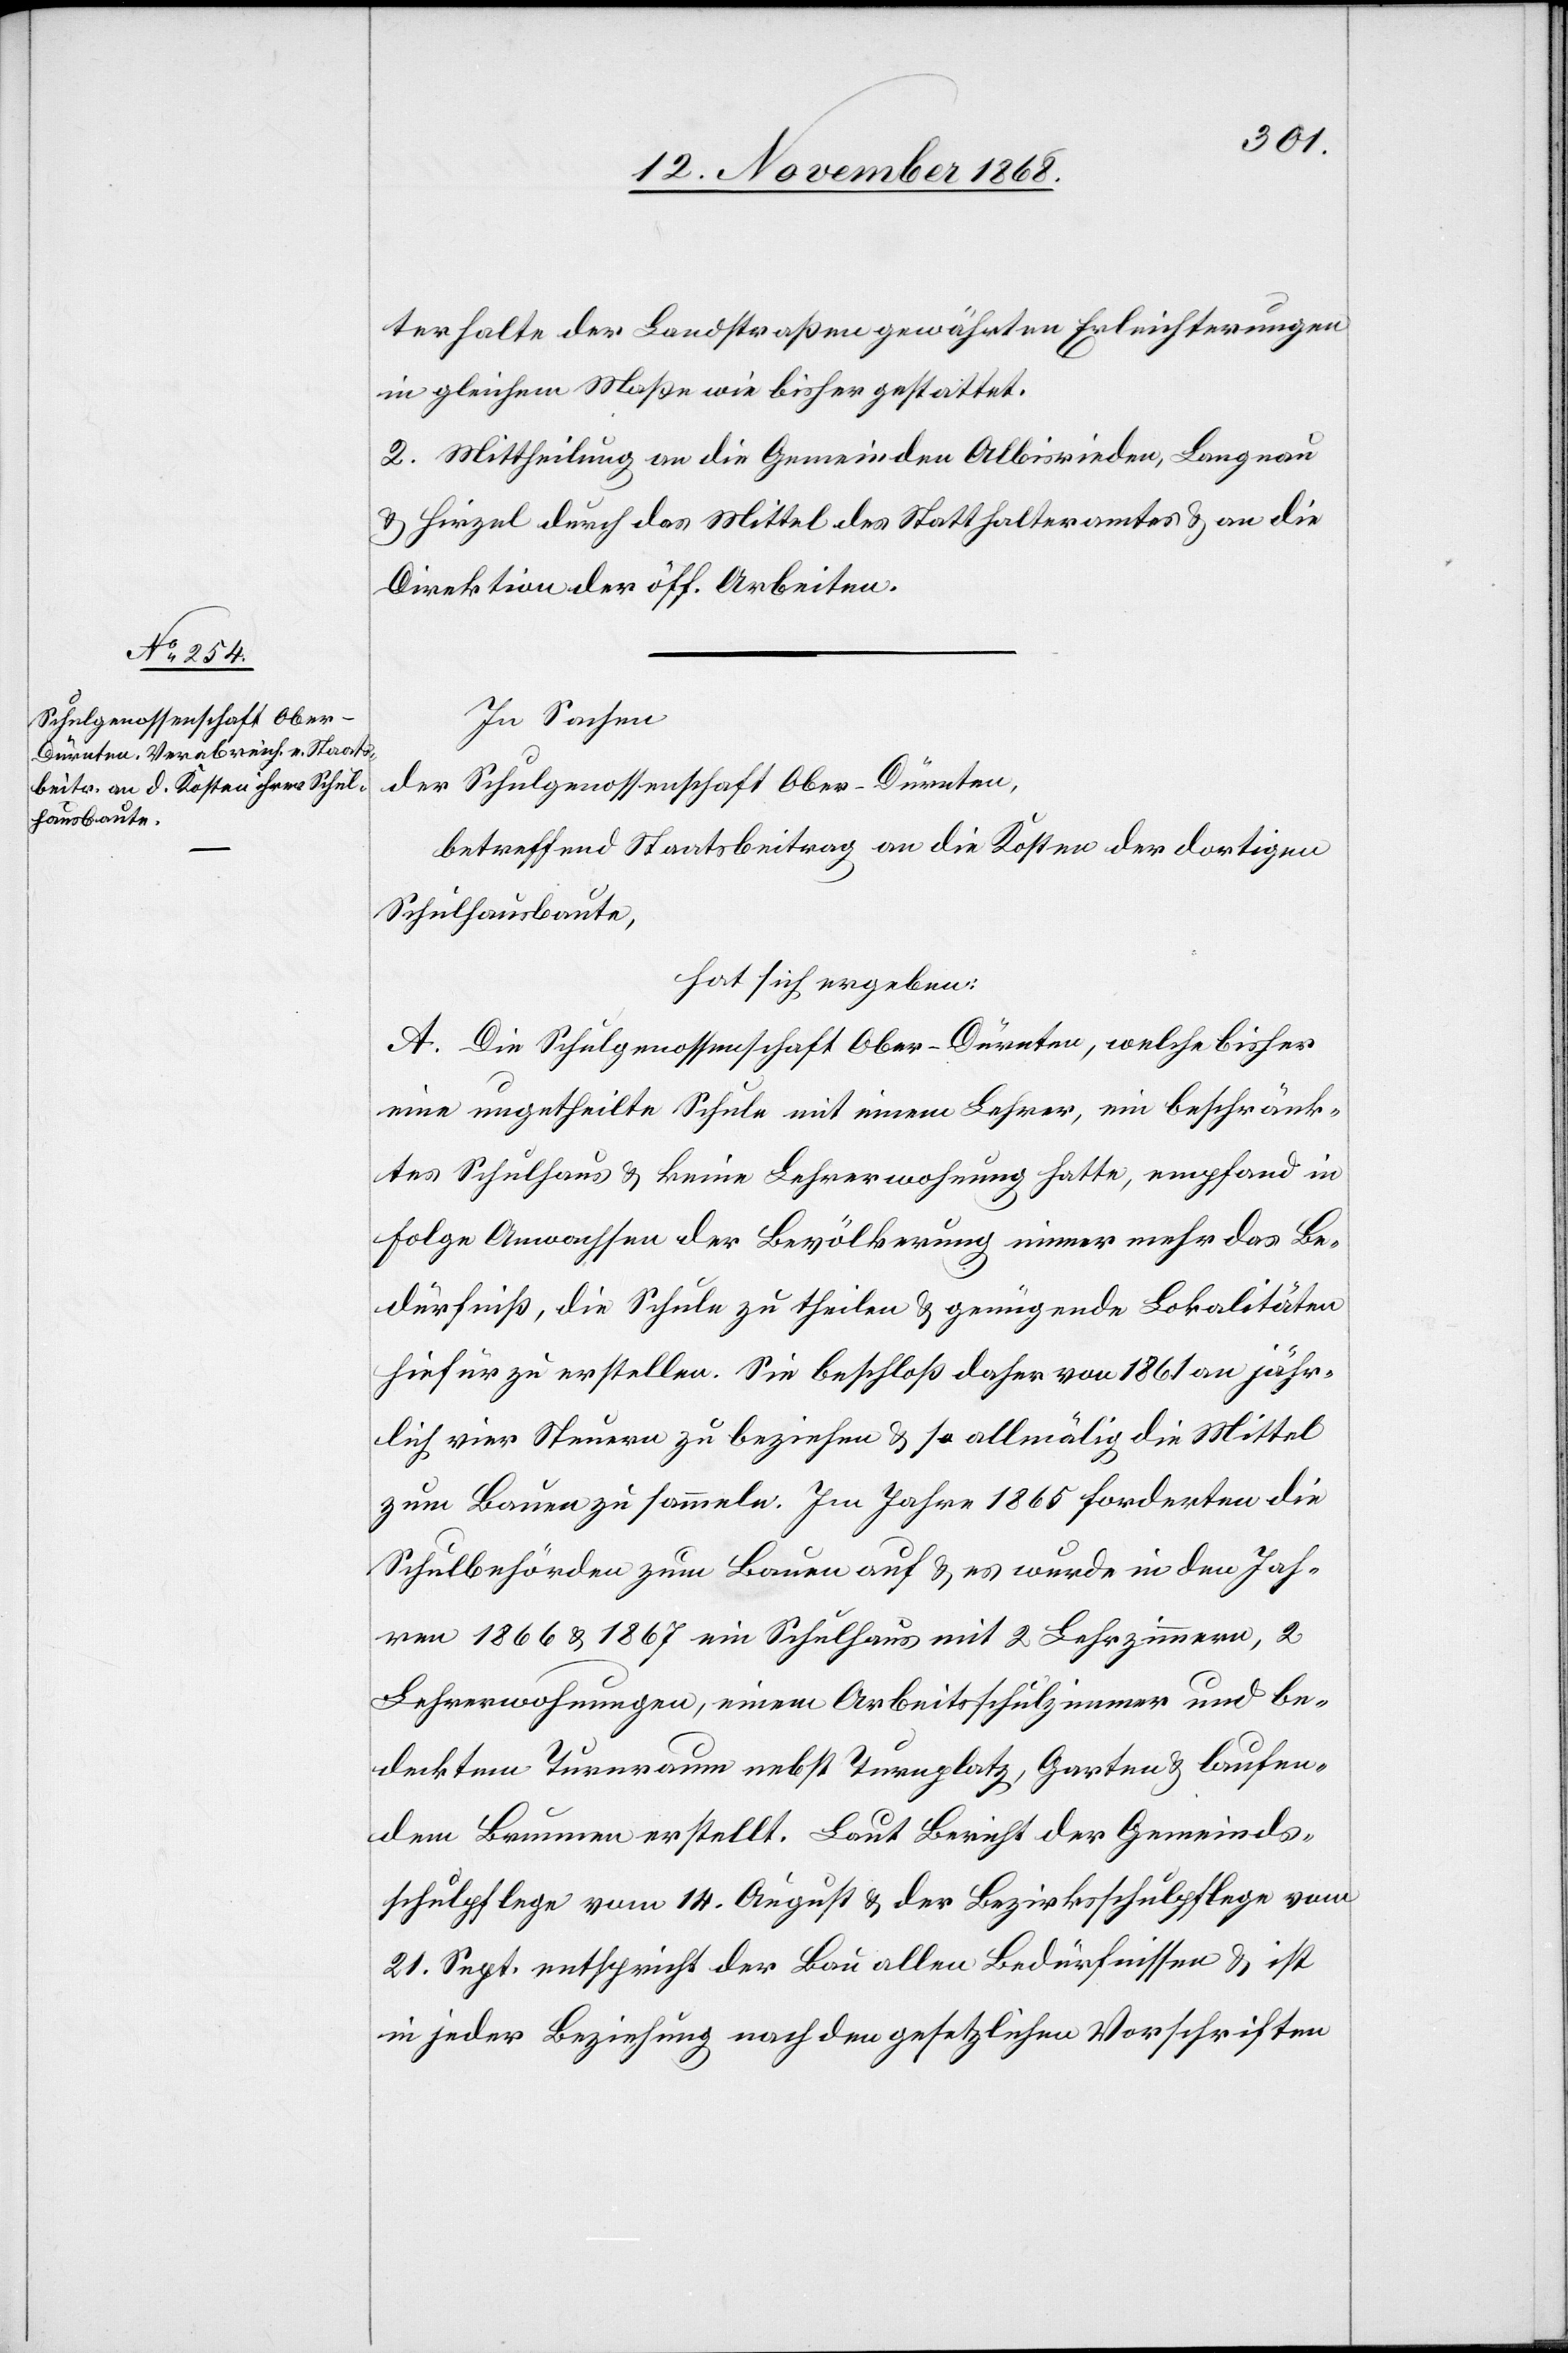
In Sachen
der
Schulgenossenschaft Ober-Dürnten,
betreffend Staatsbeitrag an die Kosten der dortigen
Schulhausbaute,
hat sich ergeben:
A. Die Schulgenossenschaft Ober-Dürnten, welche bisher
eine ungetheilte Schule mit einem Lehrer, ein beschränk¬
tes Schulhaus & keine Lehrerwohnung hatte, empfand in
Folge Anwachsen der Bevölkerung immer mehr das Be¬
dürfniß, die Schule zu theilen & genügende Lokalitäten
hiefür zu erstellen. Sie beschloß daher von 1861 an jähr¬
lich vier Steuern zu beziehen & so allmälig die Mittel
zum Bauen zu sammeln. Im Jahre 1865 forderten die
Schulbehörden zum Bauen auf & es wurde in den Jah¬
ren 1866 & 1867 ein Schulhaus mit 2 Lehrzimmern, 2
Lehrerwohnungen, einem Arbeitsschulzimmer und be¬
decktem Turnraum nebst Turnplatz, Garten & laufen¬
dem Brunnen erstellt. Laut Bericht der Gemeinds¬
schulpflege vom 14. August & der Bezirksschulpflege vom
21. Sept. entspricht der Bau allen Bedürfnissen & ist
in jeder Beziehung nach den gesetzlichen Vorschriften